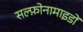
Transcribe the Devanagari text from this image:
सल्फ़ोनामाइडों